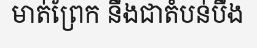
មាត់ព្រែក នឹងជាតំបន់បឹង